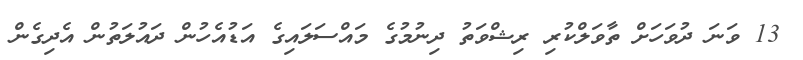
13 ވަނަ ދުވަހަށް ތާވަލްކުރި ރިޝްވަތު ދިނުމުގެ މައްސަލައިގެ އަޑުއެހުން ދައުލަތުން އެދިގެން